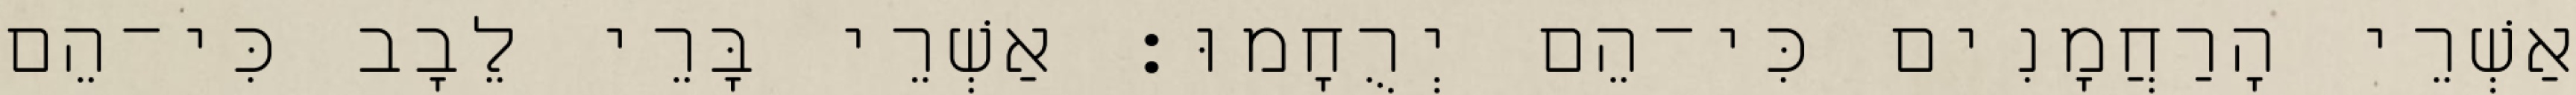
אַשְׁרֵי הָרַחֲמָנִים כִּי־הֵם יְרֻחָמוּ׃ אַשְׁרֵי בָּרֵי לֵבָב כִּי־הֵם